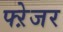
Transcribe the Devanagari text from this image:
फ्ऱेजर